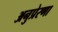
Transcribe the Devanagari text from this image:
अनुप्रेरणा